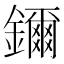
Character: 鑈